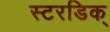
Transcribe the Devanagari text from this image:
स्टरडिक्